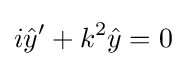
i{\hat {y}}'+k^{2}{\hat {y}}=0